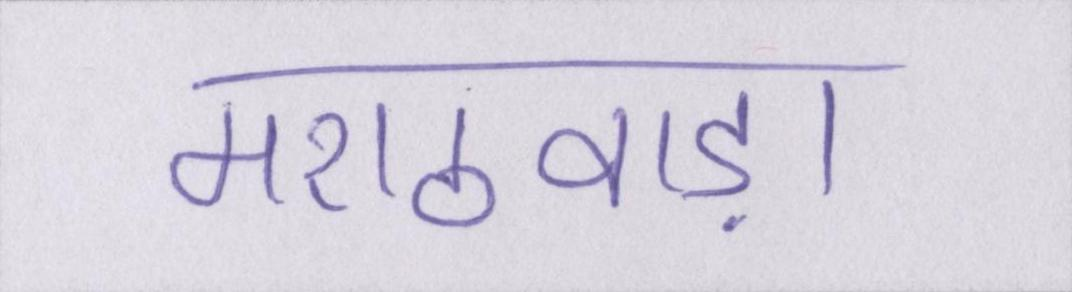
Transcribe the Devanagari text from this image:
मराठवाड़ा